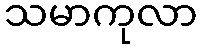
သမာကုလာ